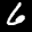
Digit: 6